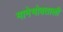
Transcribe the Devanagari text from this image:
मानेभोवताली